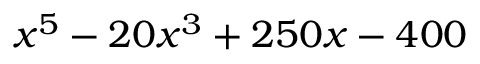
x ^ { 5 } - 2 0 x ^ { 3 } + 2 5 0 x - 4 0 0